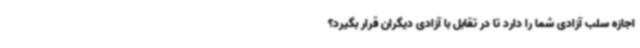
اجازه سلب آزادی شما را دارد تا در تقابل با آزادی دیگران قرار بگیرد؟